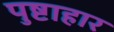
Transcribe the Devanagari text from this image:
पुष्टाहार